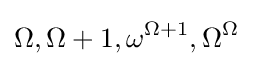
\Omega ,\Omega +1,\omega ^{\Omega +1},\Omega ^{\Omega }